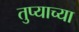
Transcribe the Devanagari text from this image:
तुप्याच्या